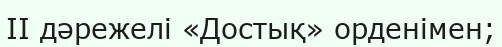
II дәрежелі «Достық» орденімен;